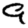
Digit: 9